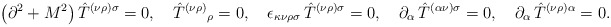
\begin{align*}\left( \partial ^{2}+M^{2}\right) {\hat{T}}^{(\nu \rho )\sigma}=0,\quad { \hat{T}}^{(\nu \rho )}{}_{\rho }=0,\quad \epsilon_{\kappa \nu \rho \sigma }\,{\hat{T}}^{(\nu \rho )\sigma}=0,\quad \partial _{\alpha }\,{\hat{T}}^{({ \alpha }\nu )\sigma}=0,\quad \partial _{\alpha }\,{\hat{T}}^{(\nu \rho )\alpha }=0.\end{align*}